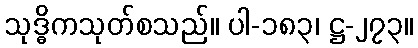
သုဒ္ဓိကသုတ်စသည်။ ပါ-၁၈၃၊ ဋ္ဌ-၂၇၃။